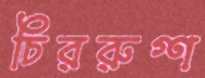
চিররুগ্‌ণ